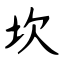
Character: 坎